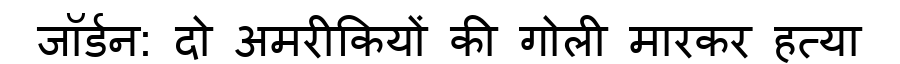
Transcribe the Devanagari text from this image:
जॉर्डन: दो अमरीकियों की गोली मारकर हत्या